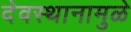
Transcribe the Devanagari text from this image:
देवस्थानामुळे